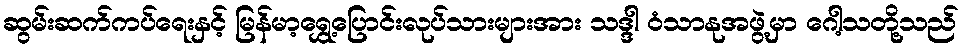
ဆွမ်းဆက်ကပ်ရေးနှင့် မြန်မာ့ရွှေ့ပြောင်းလုပ်သားများအား သဒ္ဒါ ဝံသာနုအဖွဲ့မှာ ဂေါ့သတို့သည်